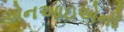
એનઆઇએની